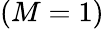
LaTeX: (M=1)